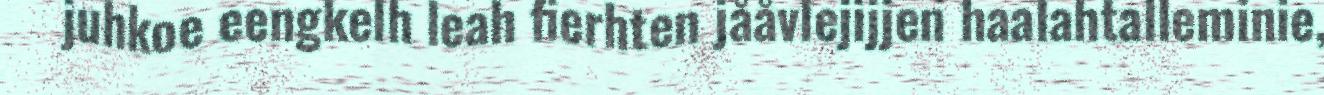
juhkoe eengkelh leah fierhten jååvlejijjen haalahtalleminie,